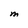
Character: M